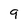
Character: 9